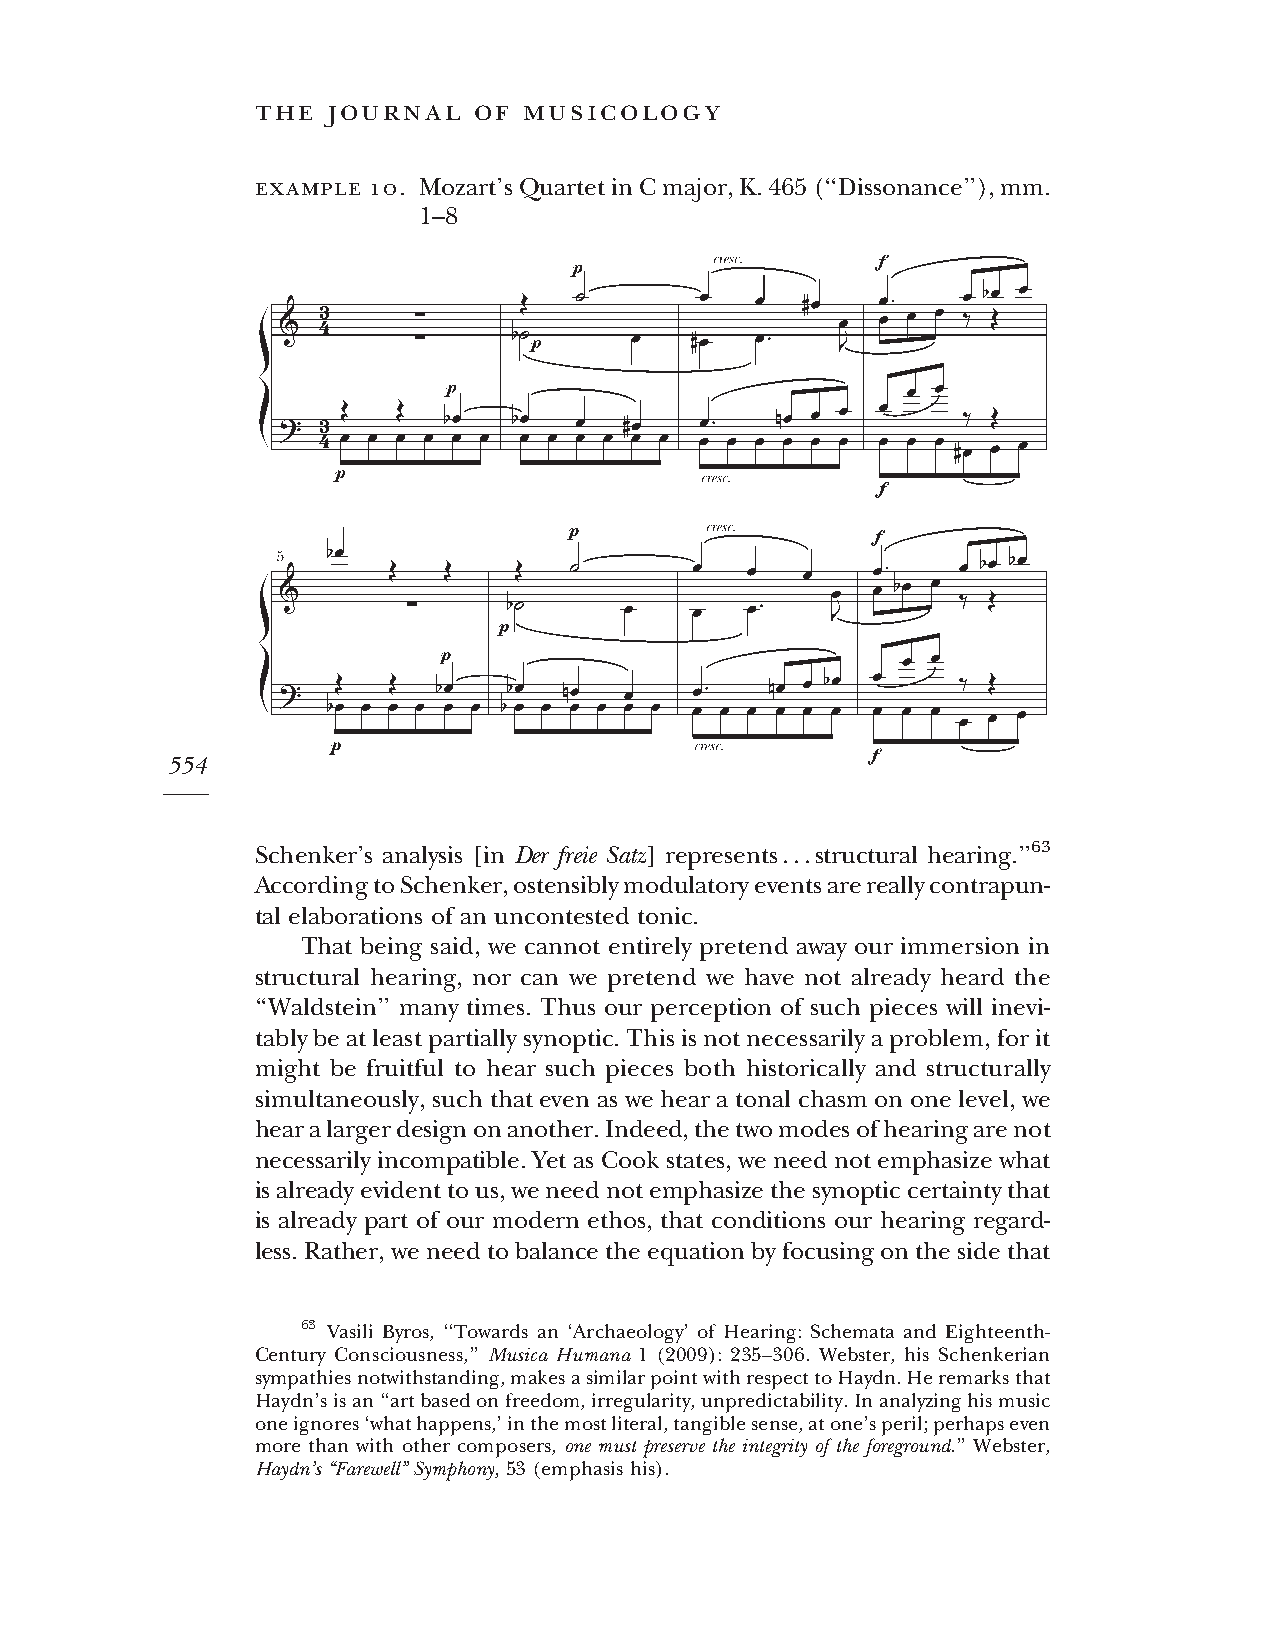
the  journal  of  musicology
 example 10. Mozart’sQuartetinCmajor,K.465(‘‘Dissonance’’),mm.
 1–8
 554
 Schenker’s analysis [in Der freie Satz] represents...structural hearing.’’63
 AccordingtoSchenker,ostensiblymodulatoryeventsarereallycontrapun-
 tal elaborations of an uncontested tonic.
 That being said, we cannot entirely pretend away our immersion in
 structural hearing, nor can we pretend we have not already heard the
 ‘‘Waldstein’’ many times. Thus our perception of such pieces will inevi-
 tablybeatleastpartiallysynoptic.Thisisnotnecessarilyaproblem,forit
 might be fruitful to hear such pieces both historically and structurally
 simultaneously, suchthat evenas wehear atonal chasm ononelevel, we
 hearalargerdesignonanother.Indeed,thetwomodesofhearingarenot
 necessarily incompatible. Yet as Cook states, we need not emphasize what
 isalreadyevidenttous,weneednotemphasizethesynopticcertaintythat
 is already part of our modern ethos, that conditions our hearing regard-
 less. Rather, weneedtobalancetheequationbyfocusingonthesidethat
 63 Vasili Byros, ‘‘Towards an ‘Archaeology’ of Hearing: Schemata and Eighteenth-
 Century Consciousness,’’ Musica Humana 1 (2009): 235–306. Webster, his Schenkerian
 sympathiesnotwithstanding,makesasimilarpointwithrespecttoHaydn.Heremarksthat
 Haydn’sisan‘‘artbasedonfreedom,irregularity,unpredictability.Inanalyzinghismusic
 oneignores‘whathappens,’inthemostliteral,tangiblesense,atone’speril;perhapseven
 more than with other composers, one must preserve the integrity of the foreground.’’ Webster,
 Haydn’s‘‘Farewell’’Symphony,53(emphasishis).